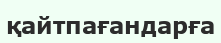
қайтпағандарға